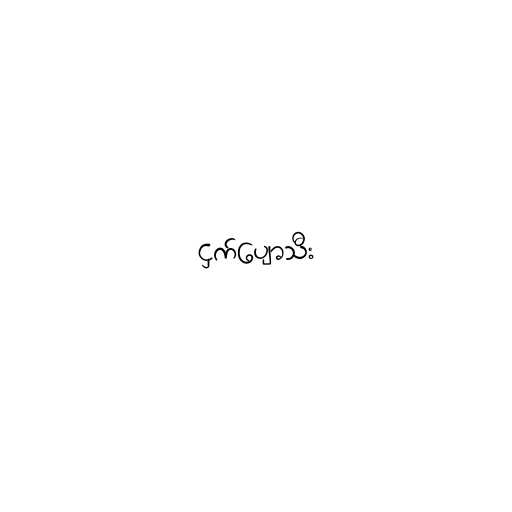
ငှက်ပျောသီး